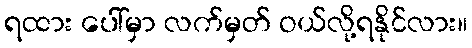
ရထား ပေါ်မှာ လက်မှတ် ဝယ်လို့ရနိုင်လား။